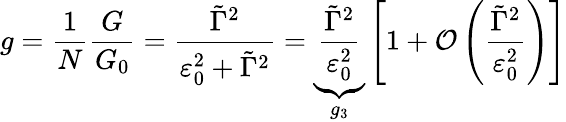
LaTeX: g=\frac{1}{N}\frac{G}{G_{0}}=\frac{\tilde{\Gamma}^{2}}{\varepsilon_{0}^{2}+\tilde{\Gamma}^{2}}=\underbrace{\frac{\tilde{\Gamma}^{2}}{\varepsilon_{0}^{2}}}_{g_{3}}\left[1+\mathcal{O}\left(\frac{\tilde{\Gamma}^{2}}{\varepsilon_{0}^{2}}\right)\right]